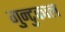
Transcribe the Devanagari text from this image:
गुन्टुकाल